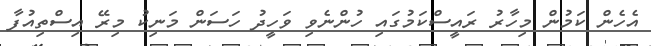
އެހެން ކަމުން މިހާރު ރައީސްކަމުގައި ހުންނެވި ވަހީދު ހަސަން މަނިކު މިރޭ އިސްތިއުފާ